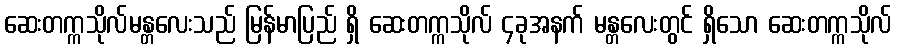
ဆေးတက္ကသိုလ်မန္တလေးသည် မြန်မာပြည် ရှိ ဆေးတက္ကသိုလ် ၄ခုအနက် မန္တလေးတွင် ရှိသော ဆေးတက္ကသိုလ်